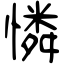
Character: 憐